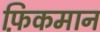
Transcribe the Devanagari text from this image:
फ़िकमान